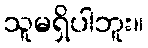
သူမရှိပါဘူး။